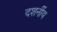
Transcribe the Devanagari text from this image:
दशर्नीय